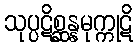
သုပ္ပဋိစ္ဆန္နမုက္ကုဋိ